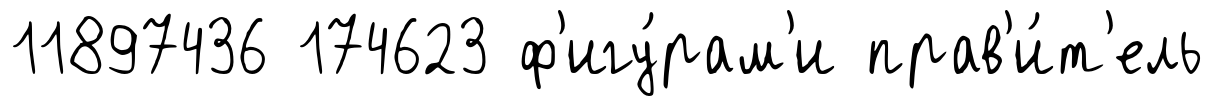
11897436 174623 ф'игу́рам'и прав'и́т'ель